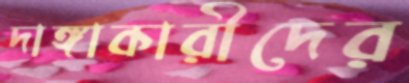
দাঙ্গাকারীদের